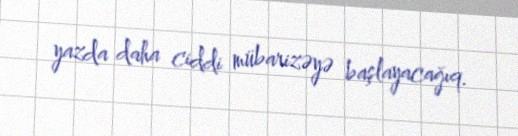
yazda daha ciddi mübarizəyə başlayacağıq.